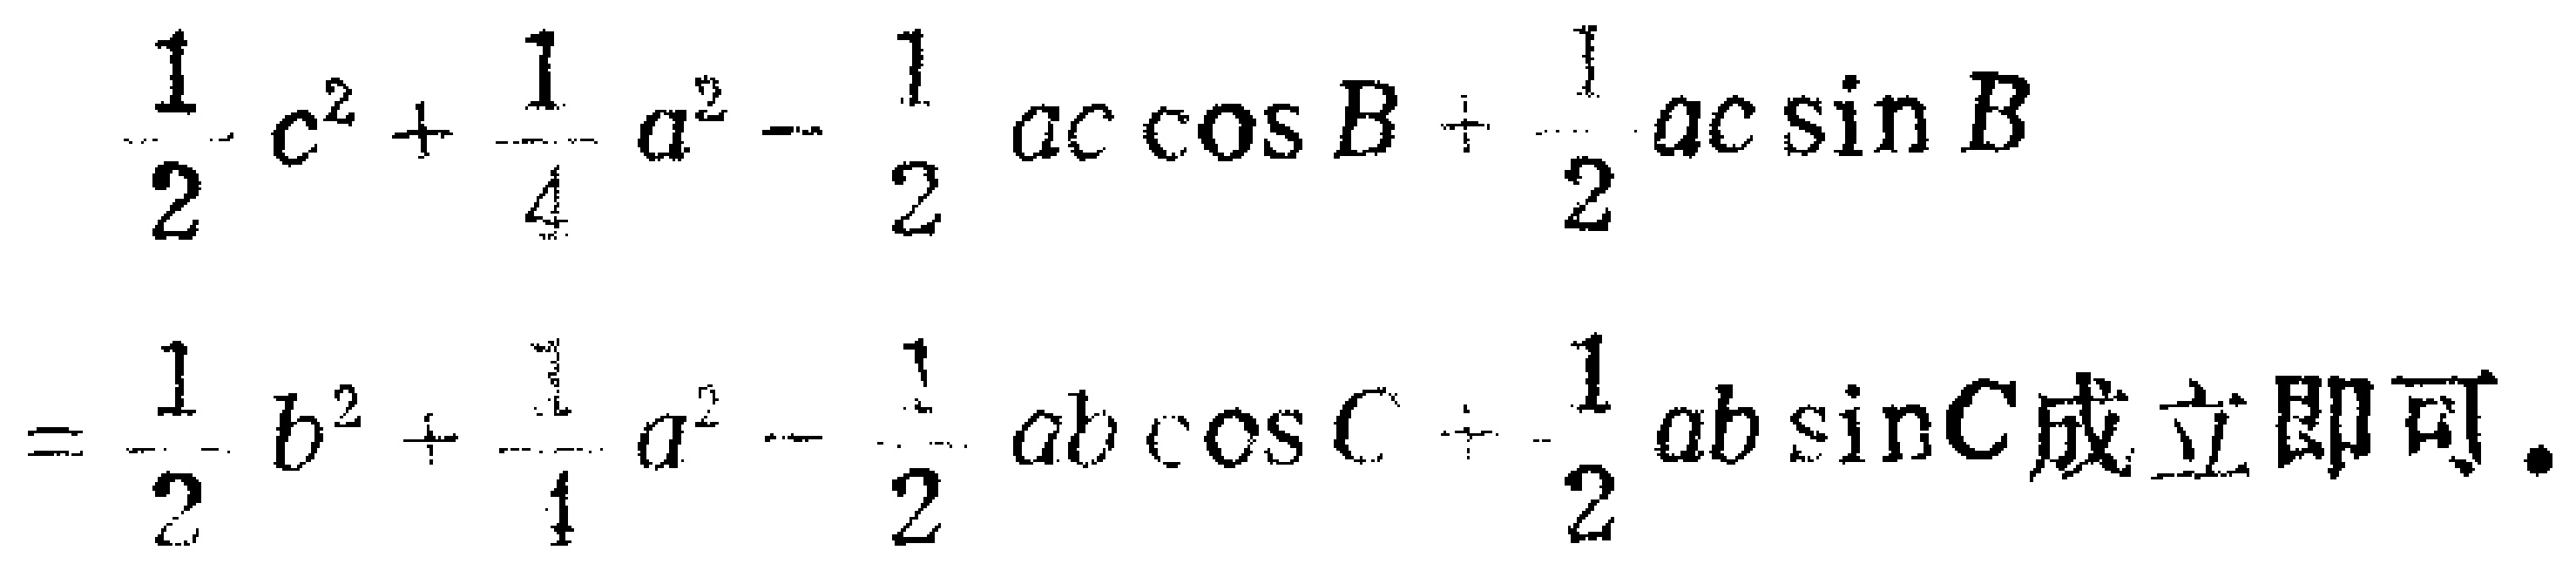
\[

\begin{align*}

&\frac{1}{2}c^{2}+\frac{1}{4}a^{2}-\frac{1}{2}ac\cos B+\frac{1}{2}ac\sin B\\

=&\frac{1}{2}b^{2}+\frac{1}{4}a^{2}-\frac{1}{2}ab\cos C+\frac{1}{2}ab\sin C成立即可.

\end{align*}

\]